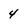
Character: 4